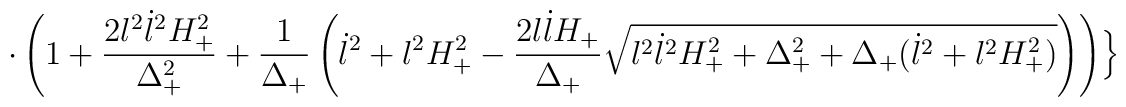
\cdot \left( 1+\frac{2l^{2}\dot{l}^{2}H_{+}^{2}}{\Delta_{+}^{2}} +\frac{1}{\Delta_{+}}\left( \dot{l}^{2}+l^{2}H_{+}^{2}-\frac{2l\dot{l}H_{+}}{\Delta_{+}}\sqrt{l^{2}\dot{l}^{2}H_{+}^{2}+\Delta_{+}^{2}+\Delta_{+} (\dot{l}^{2}+l^{2}H_{+}^{2})} \right) \right) \Bigr\}